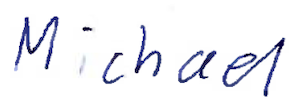
Text: Michael
Cross-out: clean
Writing tool: ballpoint